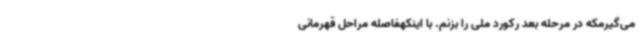
می‌گیرمکه در مرحله بعد رکورد ملی را بزنم. با اینکهفاصله مراحل قهرمانی